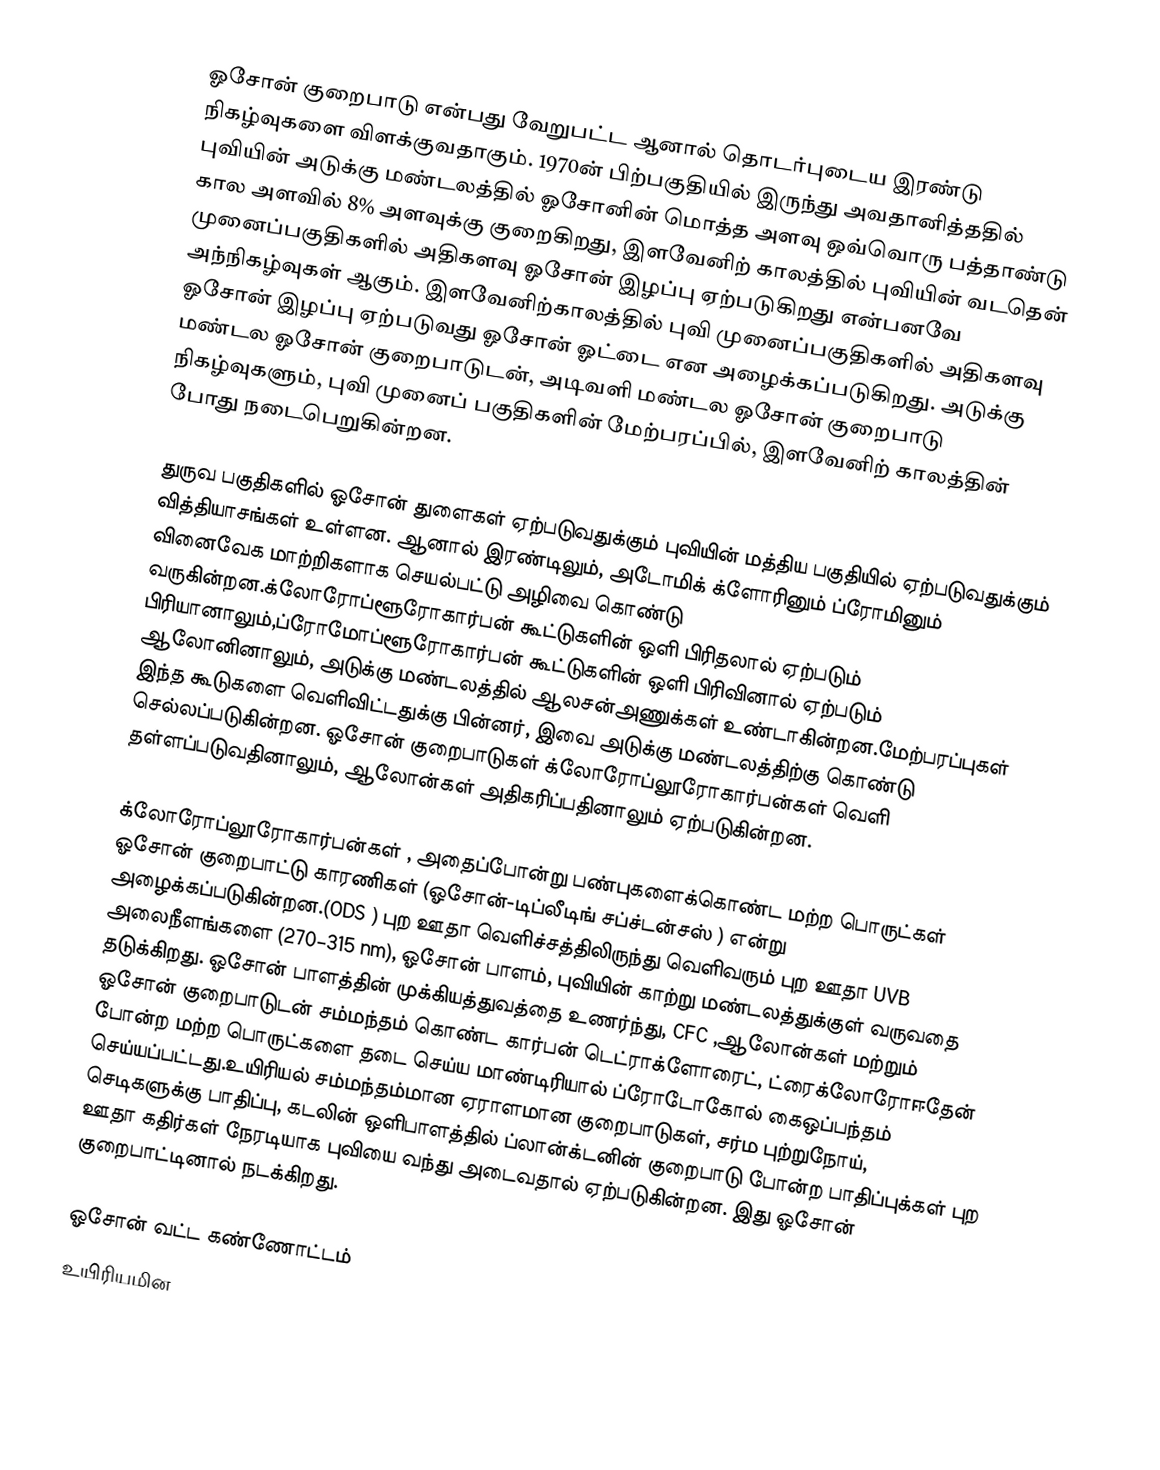
ஓசோன் குறைபாடு என்பது வேறுபட்ட ஆனால் தொடர்புடைய  இரண்டு நிகழ்வுகளை விளக்குவதாகும். 1970ன் பிற்பகுதியில் இருந்து அவதானித்ததில் புவியின் அடுக்கு மண்டலத்தில் ஓசோனின் மொத்த அளவு  ஒவ்வொரு பத்தாண்டு கால அளவில்  8% அளவுக்கு குறைகிறது,  இளவேனிற் காலத்தில் புவியின் வடதென் முனைப்பகுதிகளில் அதிகளவு ஓசோன் இழப்பு ஏற்படுகிறது என்பனவே அந்நிகழ்வுகள் ஆகும்.  இளவேனிற்காலத்தில் புவி முனைப்பகுதிகளில் அதிகளவு ஓசோன் இழப்பு ஏற்படுவது ஓசோன் ஓட்டை என அழைக்கப்படுகிறது.  அடுக்கு மண்டல ஓசோன் குறைபாடுடன், அடிவளி மண்டல ஓசோன் குறைபாடு நிகழ்வுகளும், புவி முனைப் பகுதிகளின் மேற்பரப்பில், இளவேனிற் காலத்தின் போது நடைபெறுகின்றன.

துருவ பகுதிகளில் ஓசோன் துளைகள் ஏற்படுவதுக்கும் புவியின் மத்திய பகுதியில் ஏற்படுவதுக்கும் வித்தியாசங்கள் உள்ளன. ஆனால் இரண்டிலும், அடோமிக் க்ளோரினும் ப்ரோமினும் வினைவேக மாற்றிகளாக செயல்பட்டு அழிவை கொண்டு வருகின்றன.க்லோரோப்ளூரோகார்பன் கூட்டுகளின் ஒளி பிரிதலால் ஏற்படும் பிரியானாலும்,ப்ரோமோப்ளூரோகார்பன் கூட்டுகளின் ஒளி பிரிவினால் ஏற்படும் ஆலோனினாலும், அடுக்கு மண்டலத்தில் ஆலசன்அணுக்கள் உண்டாகின்றன.மேற்பரப்புகள் இந்த கூடுகளை வெளிவிட்டதுக்கு பின்னர், இவை அடுக்கு மண்டலத்திற்கு கொண்டு செல்லப்படுகின்றன. ஓசோன் குறைபாடுகள் க்லோரோப்லூரோகார்பன்கள் வெளி தள்ளப்படுவதினாலும், ஆலோன்கள் அதிகரிப்பதினாலும் ஏற்படுகின்றன.

க்லோரோப்லூரோகார்பன்கள் , அதைப்போன்று பண்புகளைக்கொண்ட மற்ற பொருட்கள் ஓசோன் குறைபாட்டு காரணிகள் (ஓசோன்-டிப்லீடிங் சப்ச்டன்சஸ் ) என்று அழைக்கப்படுகின்றன.(ODS ) புற ஊதா வெளிச்சத்திலிருந்து வெளிவரும் புற ஊதா UVB அலைநீளங்களை (270–315 nm), ஓசோன் பாளம், புவியின் காற்று மண்டலத்துக்குள் வருவதை தடுக்கிறது. ஓசோன் பாளத்தின் முக்கியத்துவத்தை உணர்ந்து, CFC ,ஆலோன்கள் மற்றும் ஓசோன் குறைபாடுடன் சம்மந்தம் கொண்ட கார்பன் டெட்ராக்ளோரைட், ட்ரைக்லோரோஈதேன் போன்ற மற்ற பொருட்களை தடை செய்ய மாண்டிரியால் ப்ரோடோகோல் கைஒப்பந்தம் செய்யப்பட்டது.உயிரியல் சம்மந்தம்மான ஏராளமான குறைபாடுகள், சர்ம புற்றுநோய், செடிகளுக்கு பாதிப்பு, கடலின் ஒளிபாளத்தில் ப்லான்க்டனின் குறைபாடு போன்ற பாதிப்புக்கள் புற ஊதா கதிர்கள் நேரடியாக புவியை வந்து அடைவதால் ஏற்படுகின்றன. இது ஓசோன் குறைபாட்டினால் நடக்கிறது.

ஓசோன் வட்ட கண்ணோட்டம்
உயிரியமின